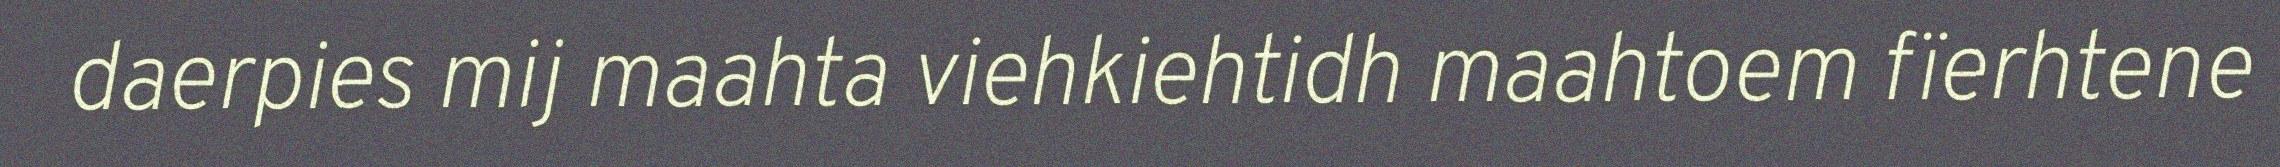
daerpies mij maahta viehkiehtidh maahtoem fïerhtene